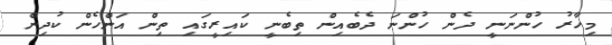
މިހާރު ހުންނަނީ ދެން ހުންނަ ދެބެއިން ތިބެނީ ކައިރީގައި ތިން އަންހެން ކުދިން